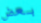
بعض